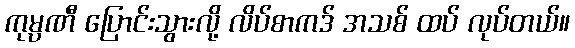
ကုမ္ပဏီ ပြောင်းသွားလို့ လိပ်စာကဒ် အသစ် ထပ် လုပ်တယ်။